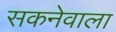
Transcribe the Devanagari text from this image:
सकनेवाला